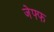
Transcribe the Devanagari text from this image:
जेफ्फ